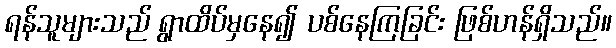
ရန်သူများသည် ရွာထိပ်မှနေ၍ ပစ်နေကြခြင်း ဖြစ်ဟန်ရှိသည်။